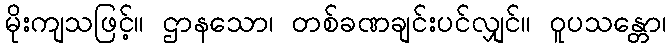
မိုးကျသဖြင့်။ ဌာနသော၊ တစ်ခဏချင်းပင်လျှင်။ ဝူပသန္တော၊